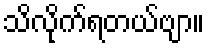
သိလိုက်ရတယ်ဗျာ။